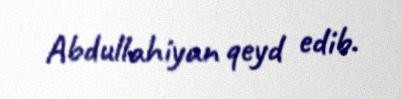
Abdullahiyan qeyd edib.